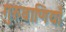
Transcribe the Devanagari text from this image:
गुरुवाणियाँ